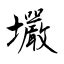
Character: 壧